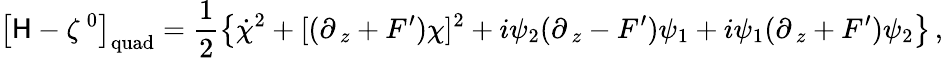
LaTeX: \left[{\cal\mathsf{H}}-\zeta^{\, 0}\right]_{\mathrm{{quad}}}=\frac{{1}}{{2}}\left\{ \dot{{\chi}}^{2}+[(\partial_{\, z}+F^{\prime})\chi]^{2}+i\psi_{2}(\partial_{\, z}-F^{\prime})\psi_{1}+i\psi_{1}(\partial_{\, z}+F^{\prime})\psi_{2}\right\} \, ,